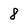
Character: 8